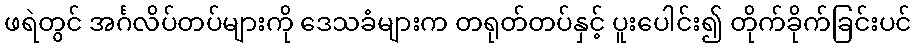
ဖရဲတွင် အင်္ဂလိပ်တပ်များကို ဒေသခံများက တရုတ်တပ်နှင့် ပူးပေါင်း၍ တိုက်ခိုက်ခြင်းပင်